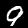
Digit: 9